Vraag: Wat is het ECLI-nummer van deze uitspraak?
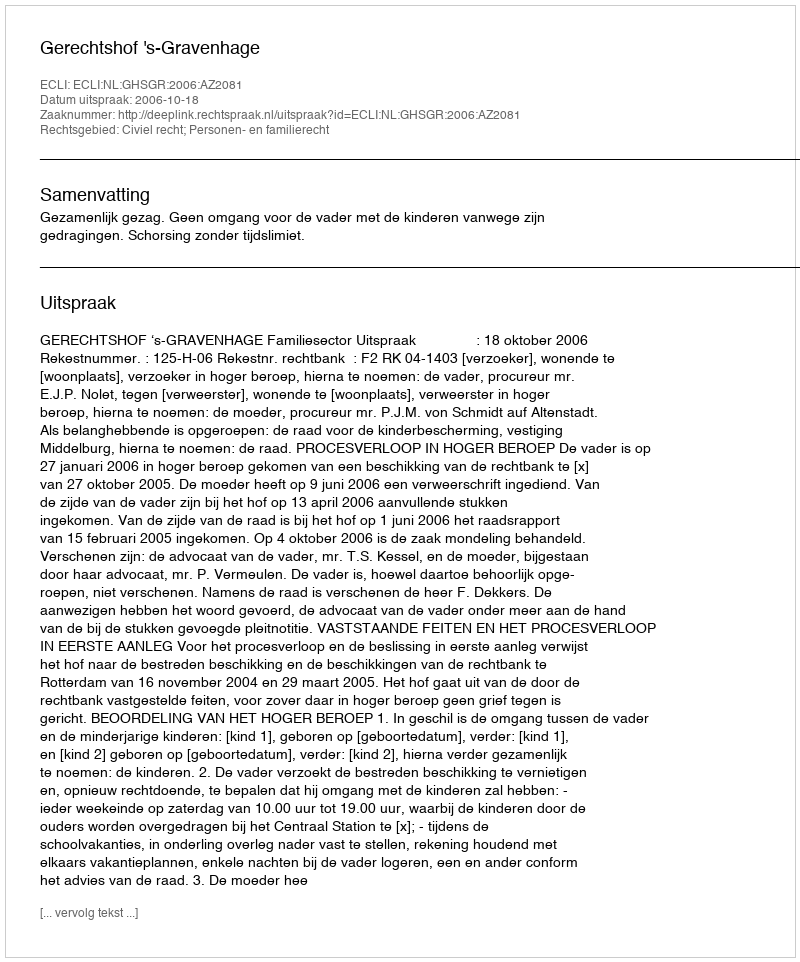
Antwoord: ECLI:NL:GHSGR:2006:AZ2081